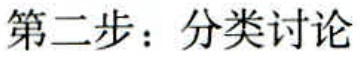
第二步：分类讨论